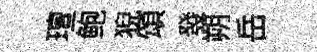
璮鲍猊頌發朔岳